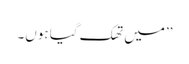
’’میں تھک گیا ہوں۔